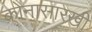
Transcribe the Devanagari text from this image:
कोनासारखी